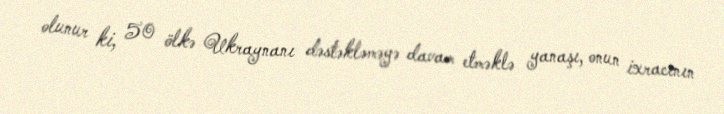
olunur ki, 50 ölkə Ukraynanı dəstəkləməyə davam etməklə yanaşı, onun ixracının